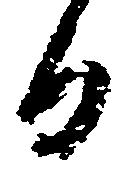
日